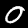
Digit: 0